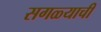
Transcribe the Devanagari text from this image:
सगळ्याची